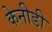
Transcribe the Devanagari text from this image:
केनीडी